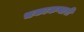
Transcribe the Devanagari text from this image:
चकाकणारी